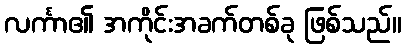
လင်္ကာ၏ အကိုင်းအခက်တစ်ခု ဖြစ်သည်။